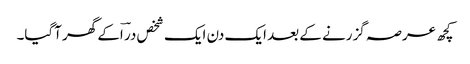
کچھ عرصہ گزرنے کے بعد ایک دن ایک شخص در ؔاکے گھر آگیا۔